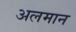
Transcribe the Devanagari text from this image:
अलमान